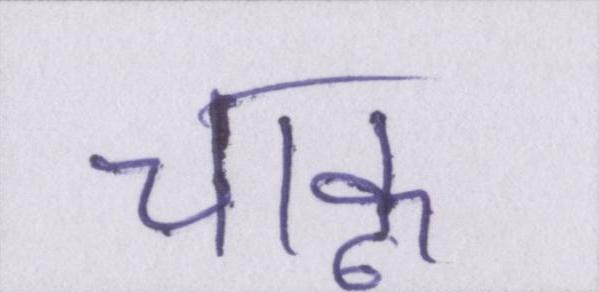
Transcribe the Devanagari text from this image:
चाकू